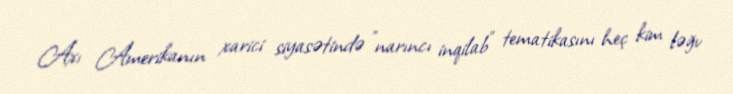
Axı Amerikanın xarici siyasətində ”narıncı inqilab" tematikasını heç kim ləğv